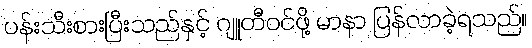
ပန်းသီးစားပြီးသည်နှင့် ဂျူတီဝင်ဖို့ မာနာ ပြန်လာခဲ့ရသည်။